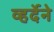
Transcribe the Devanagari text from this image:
व्हर्देने